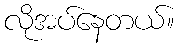
လိုအပ်နေတယ်။